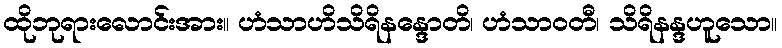
ထိုဘုရားလောင်းအား။ ဟံသာဟိသိရိနန္ဒောတိ၊ ဟံသာဝတီ၊ သိရိနန္ဒဟူသော။